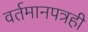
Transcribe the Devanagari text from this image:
वर्तमानपत्रही